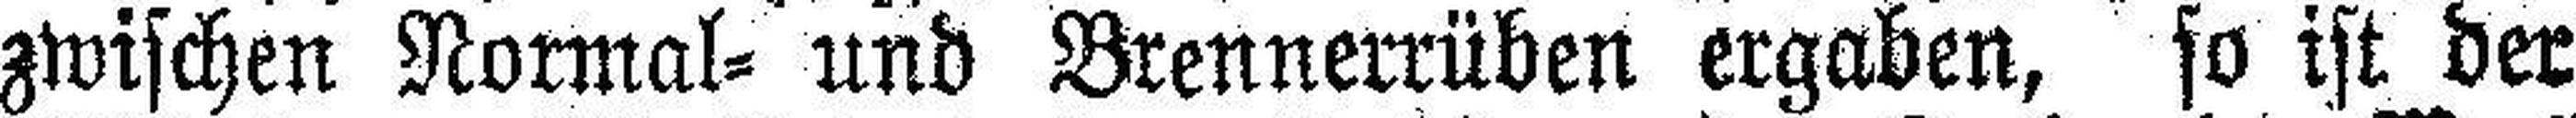
zwischen Normal= und Brennerrüben ergaben, so ist der